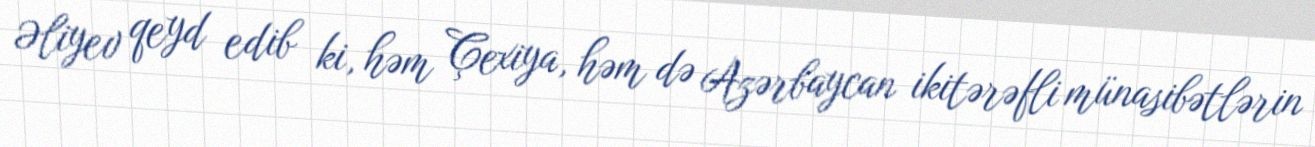
Əliyev qeyd edib ki, həm Çexiya, həm də Azərbaycan ikitərəfli münasibətlərin